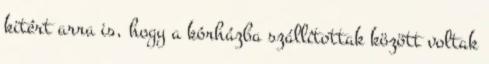
kitért arra is, hogy a kórházba szállítottak között voltak